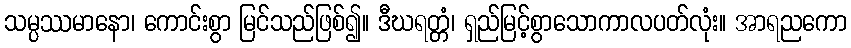
သမ္ပဿမာနော၊ ကောင်းစွာ မြင်သည်ဖြစ်၍။ ဒီဃရတ္တံ၊ ရှည်မြင့်စွာသောကာလပတ်လုံး။ အာရညကော